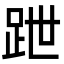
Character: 跇